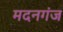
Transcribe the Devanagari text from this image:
मदनगंज